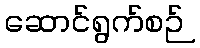
ဆောင်ရွက်စဉ်